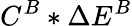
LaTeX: C^{B}*\Delta E^{B}